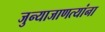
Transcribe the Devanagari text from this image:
जुन्याजाणत्यांना